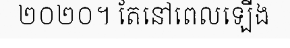
២០២០។ តែនៅពេលឡើង